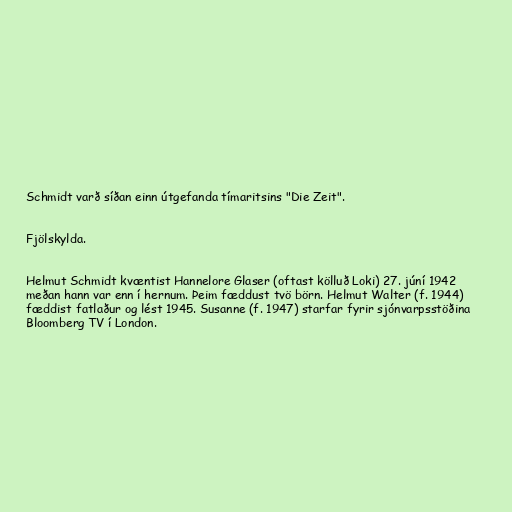
Schmidt varð síðan einn útgefanda tímaritsins "Die Zeit".

Fjölskylda.

Helmut Schmidt kvæntist Hannelore Glaser (oftast kölluð Loki) 27. júní 1942
meðan hann var enn í hernum. Þeim fæddust tvö börn. Helmut Walter (f. 1944)
fæddist fatlaður og lést 1945. Susanne (f. 1947) starfar fyrir sjónvarpsstöðina
Bloomberg TV í London.